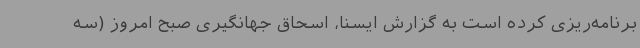
برنامه‌ریزی کرده است به گزارش ایسنا، اسحاق جهانگیری صبح امروز (سه